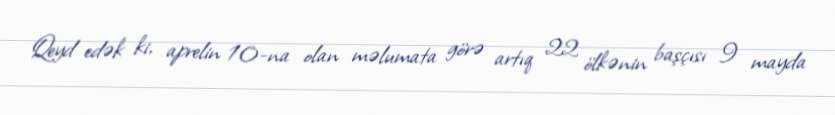
Qeyd edək ki, aprelin 10-na olan məlumata görə artıq 22 ölkənin başçısı 9 mayda